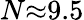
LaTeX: N{\approx}9.5